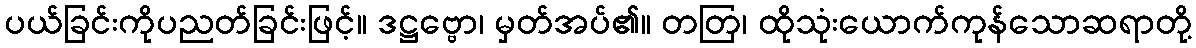
ပယ်ခြင်းကိုပညတ်ခြင်းဖြင့်။ ဒဋ္ဌဗ္ဗော၊ မှတ်အပ်၏။ တတြ၊ ထိုသုံးယောက်ကုန်သောဆရာတို့